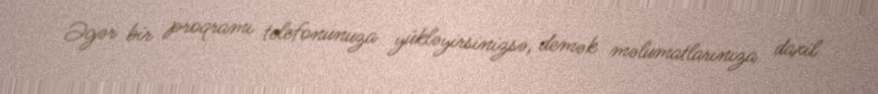
Əgər bir proqramı telefonunuza yükləyirsinizsə, demək məlumatlarınıza daxil